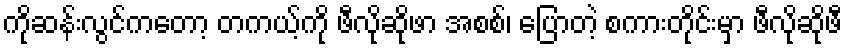
ကိုဆန်းလွင်ကတော့ တကယ့်ကို ဖီလိုဆိုဖာ အစစ်၊ ပြောတဲ့ စကားတိုင်းမှာ ဖီလိုဆိုဖီ